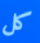
كل